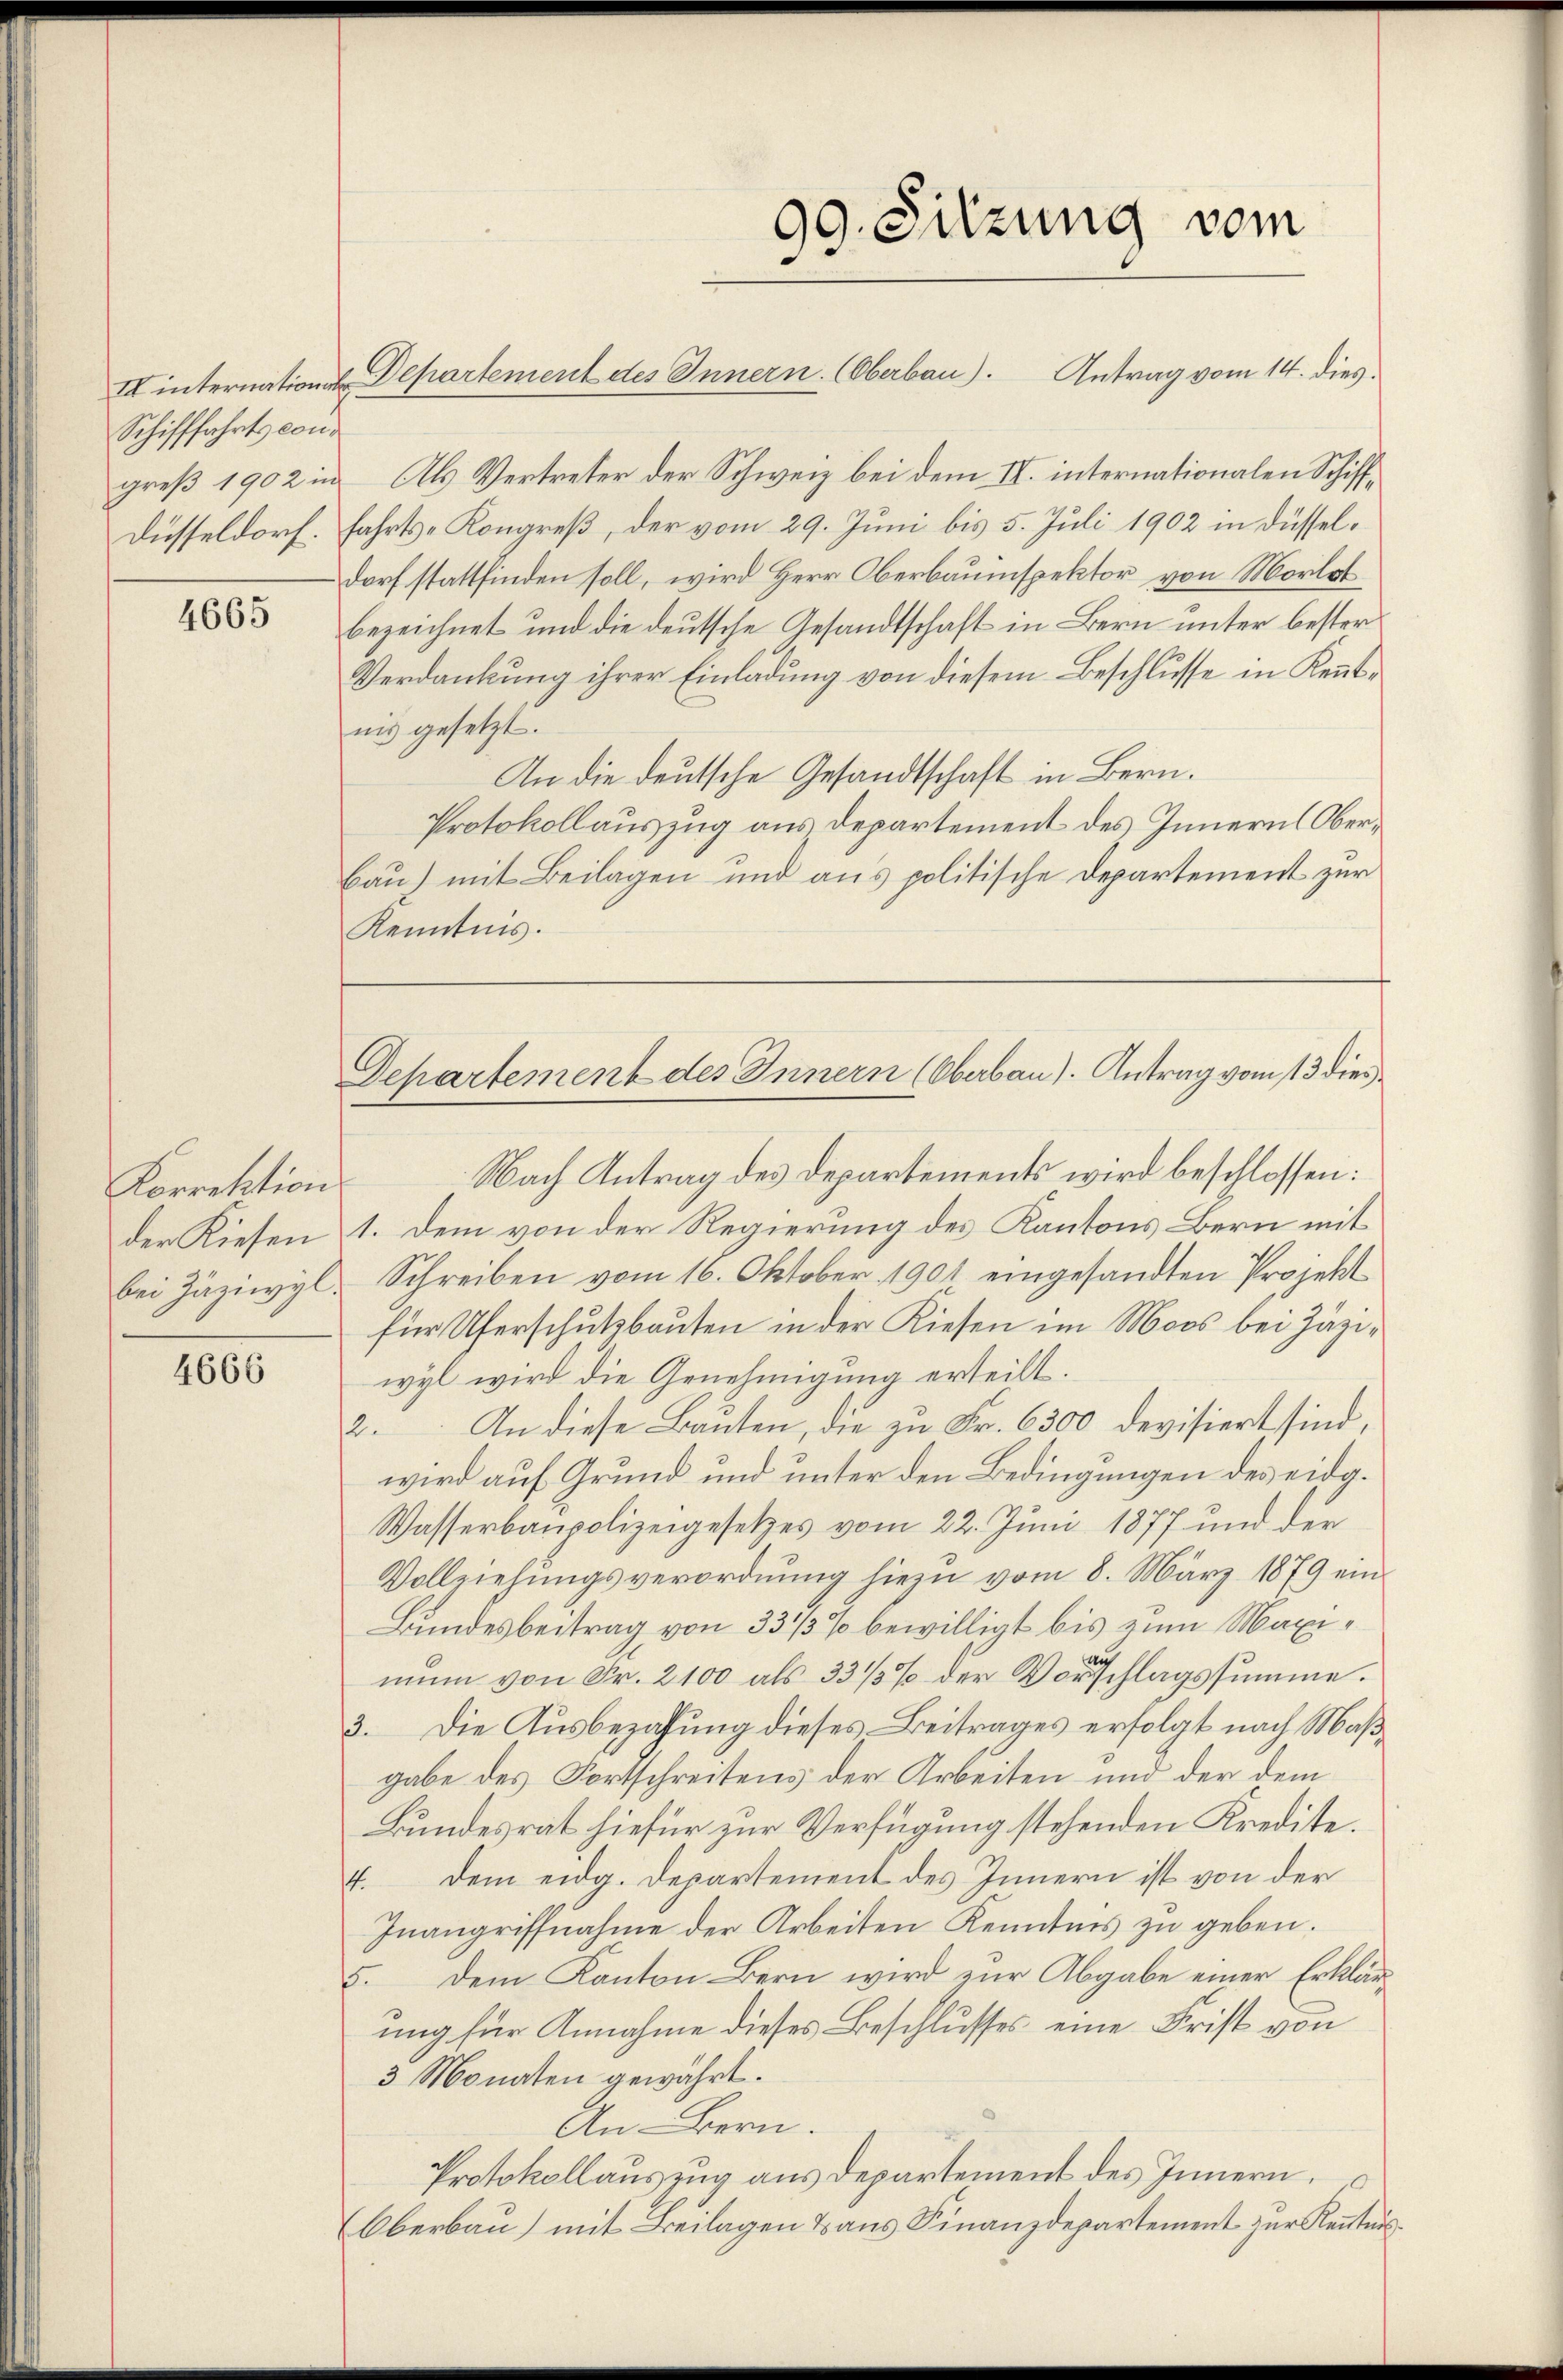
Schifffahrts con¬

4665

Korrektion
der Kiesen

4666

III internations Departement des Innern. (Oberbau). Antrag vom 14. dies
greß 1902 in Als Vertreter der Schweiz bei dem II. internationalen Schiff¬
Düsseldorf. Fahrts- Kongreß, der vom 29. Juni bis 5. Juli 1902 in Düsseldorf stattfinden soll, wird Herr Oberbauinspektor von Morlot
bezeichnet und die deutsche Gesandtschaft in Bern unter bester¬
Verdankung ihrer Einladung von diesem Beschlusse in Kenntnis gesetzt.
An die deutsche Gesandtschaft in Bern.
Protokollauszug aus Departement des Innern Ober¬
Bau) mit Beilagen und aus politische Departement zur
Kenntnis.

99. Sitzung vom

Nach Antrag des Departements wird beschlossen:
1. Dem von der Regierung des Kantons Bern mit
bei Zäziwyl. Schreiben vom 16. Oktober 1901 eingesandten Projekt
für Uferschutzbauten in der Kiesen im Moos bei Zäziwyl wird die Genehmigung erteilt.
2. An diese Bauten, die zu Fr. 6300 devisiert sind,
wird auf Grund und unter den Bedingungen des eidg.
Wasserbaupolizeigesetzes vom 22. Juni 1877 und der
Vollziehŭngsverordnŭng hiezu vom 8. März 1879 ein
Bundesbeitrag von 33/3% bewilligt bis zum Maximun von Fr. 2100 als 33 1/2 % der Vorschlagssumme.
3. Die Ausbezahung dieses Beitrages erfolgt nach Maßgabe des Fortschreitens der Arbeiten und der dem
Bundesrat hiefür zur Verfügung stehenden Kredite.
4. dem eidg. Departement des Innern ist von der
Inangriffnahme der Arbeiten Kenntnis zu geben.
5. dem Kanton Bern wird zur Abgabe einer Erklärung für Annahme dieses Beschlusses eine Frist von
3 Monaten gewährt.
An Bern.
Protokollauszug aus Departement des Innern.
Oberbau) mit Beilagen dans Finanzdepartement zur Kenntnis¬

Departement des Innern (Oberbau). Antrag vom 13 dies